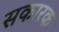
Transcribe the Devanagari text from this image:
सकारक